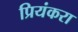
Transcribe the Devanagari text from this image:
प्रियंकरा